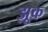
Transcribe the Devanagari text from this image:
झूक